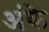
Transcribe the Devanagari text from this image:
अंके